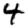
Digit: 4